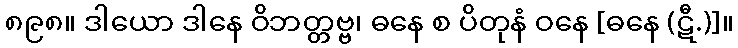
၈၉၈။ ဒါယော ဒါနေ ဝိဘတ္တဗ္ဗ၊ ဓနေ စ ပိတုနံ ဝနေ [ဓနေ (ဋီ.)]။